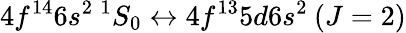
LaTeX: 4f^{14}6s^{2}\: ^{1}S_{0}\leftrightarrow 4f^{13}5d6s^{2}\: (J=2)